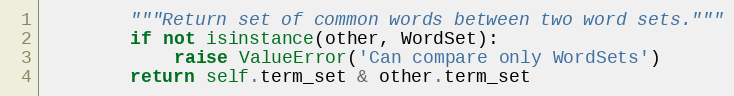
Language: Python
        """Return set of common words between two word sets."""
        if not isinstance(other, WordSet):
            raise ValueError('Can compare only WordSets')
        return self.term_set & other.term_set